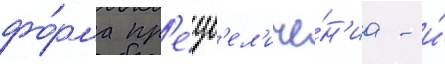
фо́рма пр'еув'ел'иче́н'иа - и́